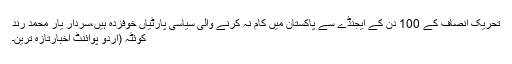
تحریک انصاف کے 100 دن کے ایجنڈے سے پاکستان میں کام نہ کرنے والی سیاسی پارٹیاں خوفزدہ ہیں،سردار یار محمد رند
کوئٹہ (اُردو پوائنٹ اخبارتازہ ترین۔